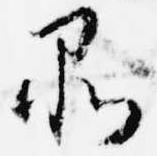
品